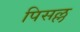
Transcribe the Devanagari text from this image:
पिसल्ल